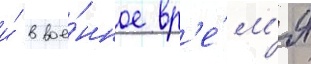
и́ в вое́нное вр'е́м'я